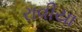
રાવીયા